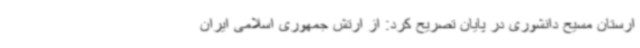
ارستان مسیح دانشوری در پایان تصریح کرد: از ارتش جمهوری اسلامی ایران